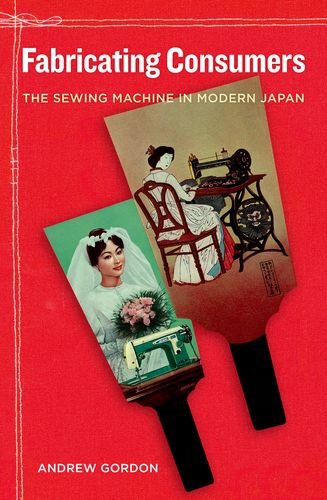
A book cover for Fabricating Consumers: The Sewing Machine in Modern Japan; Andrew Gordon; Business & Money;